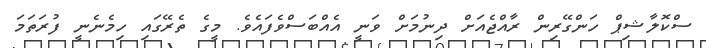
ސްކޮލާޝިޕް ހަންގޭރިން ރާއްޖެއަށް ދިނުމަށް ވަނީ އެއްބަސްވެފައެވެ. މީގެ ތެރޭގައި ހިމެނެނީ ފުރަތަމަ